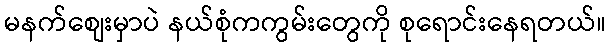
မနက်စျေးမှာပဲ နယ်စုံကကွမ်းတွေကို စုရောင်းနေရတယ်။